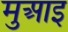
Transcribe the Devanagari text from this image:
मुआइ